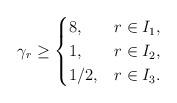
LaTeX: \begin{align*}\gamma_r \ge\begin{cases}8, & r\in I_1,\\1, & r\in I_2,\\1/2, & r\in I_3.\end{cases}\end{align*}